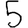
Digit: 5